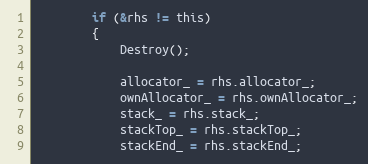
Language: C
        if (&rhs != this)
        {
            Destroy();

            allocator_ = rhs.allocator_;
            ownAllocator_ = rhs.ownAllocator_;
            stack_ = rhs.stack_;
            stackTop_ = rhs.stackTop_;
            stackEnd_ = rhs.stackEnd_;